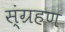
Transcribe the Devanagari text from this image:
स्ंग्रहण